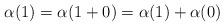
LaTeX: \begin{align*}\alpha(1) = \alpha(1+0) = \alpha(1) + \alpha(0) \end{align*}